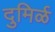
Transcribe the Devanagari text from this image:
दुमिर्ळ